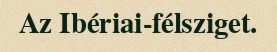
Az Ibériai-félsziget.